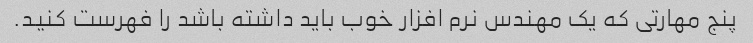
پنج مهارتی که یک مهندس نرم افزار خوب باید داشته باشد را فهرست کنید.